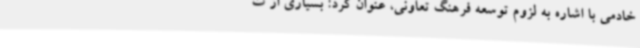
خادمی با اشاره به لزوم توسعه فرهنگ تعاونی، عنوان کرد: بسیاری از ت